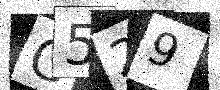
Text: C529